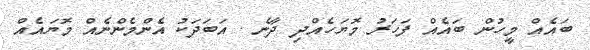
ބައެއް މީހުން ބައެއް ފަހަރު މޮޔަހެއްދި ދާނެ . އަބަދަކު އެންމެންނެއް މޮޔައެއް